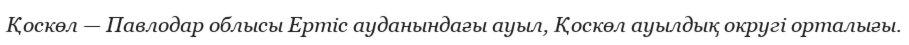
Қоскөл — Павлодар облысы Ертіс ауданындағы ауыл, Қоскөл ауылдық округі орталығы.